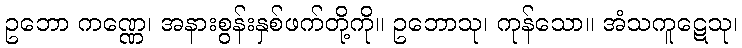
ဥဘော ကဏ္ဏေ၊ အနားစွန်းနှစ်ဖက်တို့ကို။ ဥဘောသု၊ ကုန်သော။ အံသကူဋေသု၊